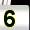
Digit: 5